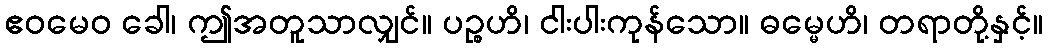
ဧဝမေဝ ခေါ၊ ဤအတူသာလျှင်။ ပဉ္စဟိ၊ ငါးပါးကုန်သော။ ဓမ္မေဟိ၊ တရာတို့နှင့်။